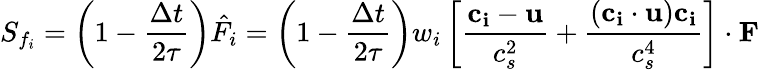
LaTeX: S_{f_{i}}=\left(1-\frac{\Delta t}{2\tau}\right)\hat{F_{i}}=\left(1-\frac{\Delta t}{2\tau}\right)w_{i}\left[\frac{\mathbf{c_{i}}-\mathbf{u}}{c_{s}^{2}}+\frac{(\mathbf{c_{i}}\cdot\mathbf{u})\mathbf{c_{i}}}{c_{s}^{4}}\right]\cdot\mathbf{F}